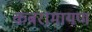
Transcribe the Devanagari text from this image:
कंबरामायण